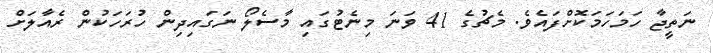
ނަތީޖާ ހަމަހަމަކޮށްފައެވެ. މެޗުގެ 41 ވަނަ މިނެޓުގައި މާސެލޯ ނަގައިދިން ހުރަހަކުން ރެއާލަށް